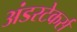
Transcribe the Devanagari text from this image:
अंडरटेकर्स